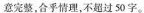
意完整，合乎情理，不超过50字。